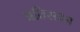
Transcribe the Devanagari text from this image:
प्रतिस्ठान